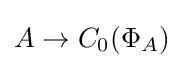
A\to C_{0}(\Phi _{A})